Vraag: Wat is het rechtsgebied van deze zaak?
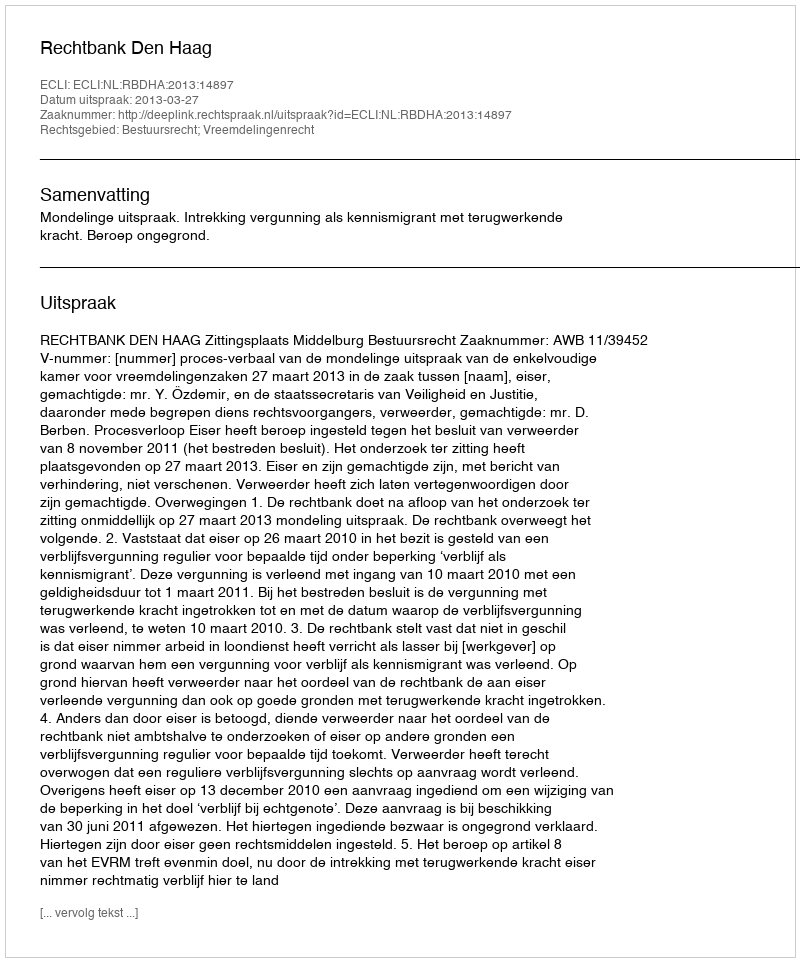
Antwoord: Bestuursrecht; Vreemdelingenrecht